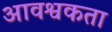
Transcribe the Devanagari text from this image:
आवश्वकता